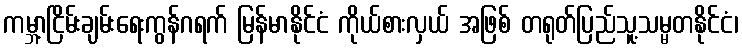
ကမ္ဘာ့ငြိမ်းချမ်းရေးကွန်ဂရက် မြန်မာနိုင်ငံ ကိုယ်စားလှယ် အဖြစ် တရုတ်ပြည်သူ့သမ္မတနိုင်ငံ၊